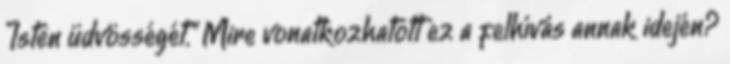
Isten üdvösségét.” Mire vonatkozhatott ez a felhívás annak idején?